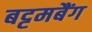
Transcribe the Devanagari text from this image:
बट्टमबैंग